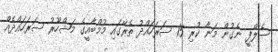
ސެލްފީ ނެގުން މަނާ ކުރި 15 ސަރަހައްދު ތެރޭގައި މުމްބާއީގެ މަޝްހޫރު ސަރަހައްދެއް